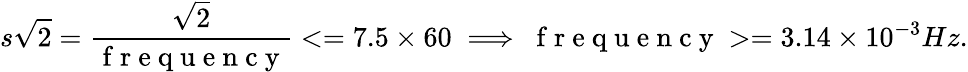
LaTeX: s\sqrt{2}=\frac{\sqrt{2}}{\mathrm{~f~r~e~q~u~e~n~c~y~}}<=7.5\times 60\implies\mathrm{~f~r~e~q~u~e~n~c~y~}>=3.14\times 10^{-3}Hz.